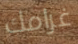
غرامك